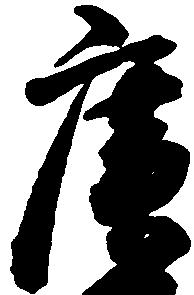
広